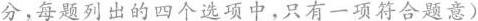
分，每题列出的四个选项中，只有一项符合题意)